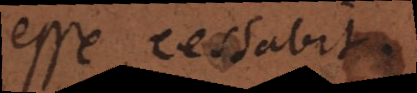
esse cessabit.